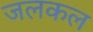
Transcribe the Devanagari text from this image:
जलकल